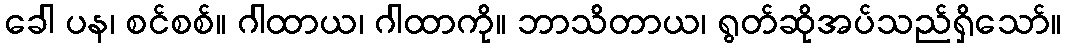
ခေါ ပန၊ စင်စစ်။ ဂါထာယ၊ ဂါထာကို။ ဘာသိတာယ၊ ရွတ်ဆိုအပ်သည်ရှိသော်။